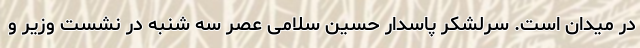
در میدان است. سرلشکر پاسدار حسین سلامی عصر سه شنبه در نشست وزیر و